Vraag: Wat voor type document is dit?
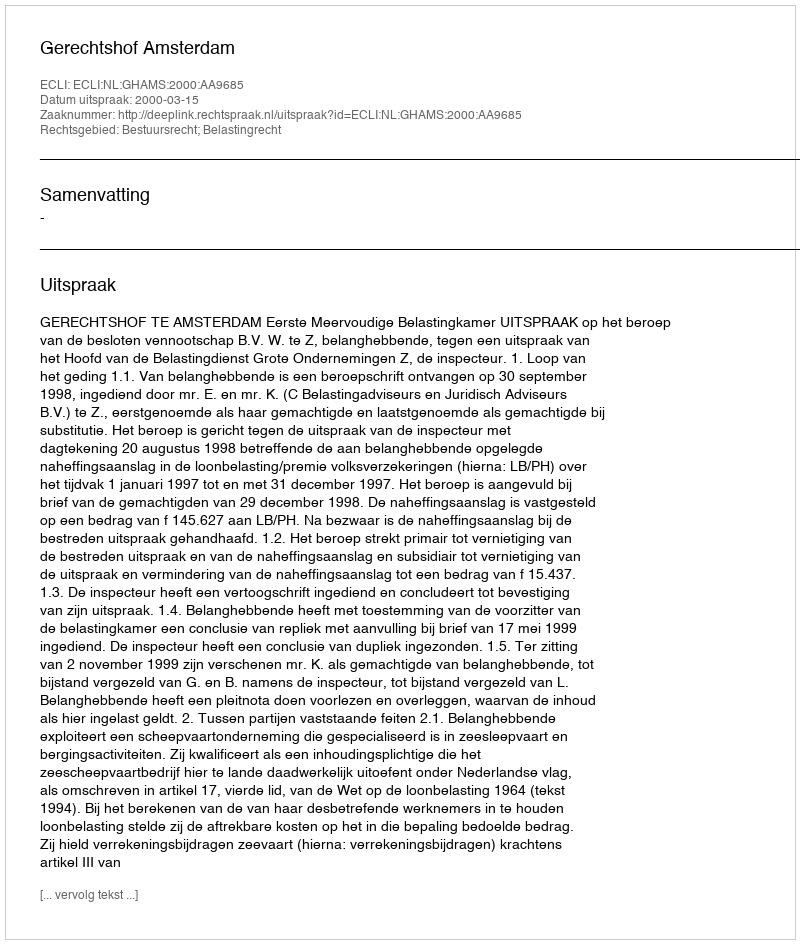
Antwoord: Uitspraak